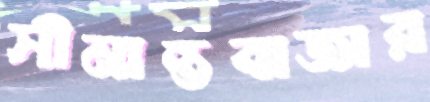
সীমান্তবাজার